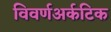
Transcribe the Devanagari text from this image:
विवर्णअर्कटिक